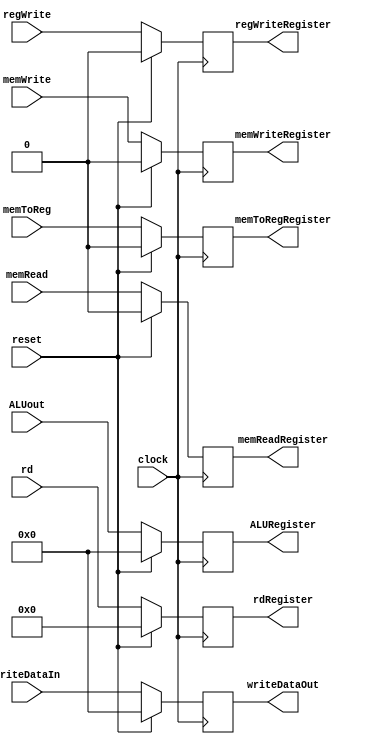
`ifndef _ex_mem
`define _ex_mem

module ex_mem(
      input clock, reset,
      input memWrite, memRead,
      input memToReg, regWrite,
      input [4:0] rd,
      input [31:0] ALUout,writeDataIn,
      output reg memWriteRegister,memReadRegister,
      output reg memToRegRegister, regWriteRegister,
      output reg [31:0] ALURegister,writeDataOut,
      output reg [4:0] rdRegister
);

    always@(posedge clock) begin
      if(reset) begin
        memToRegRegister = 0;
        regWriteRegister = 0;
        memReadRegister=0;
        memWriteRegister=0;
        ALURegister=0;
        writeDataOut=0;
        rdRegister=0;
      end
      else begin
        memToRegRegister <= memToReg;
        regWriteRegister <= regWrite;
        memReadRegister <= memRead;
        memWriteRegister <= memWrite;
        ALURegister <= ALUout;
        rdRegister <= rd;
        writeDataOut <= writeDataIn;
      end
    end

endmodule

`endif